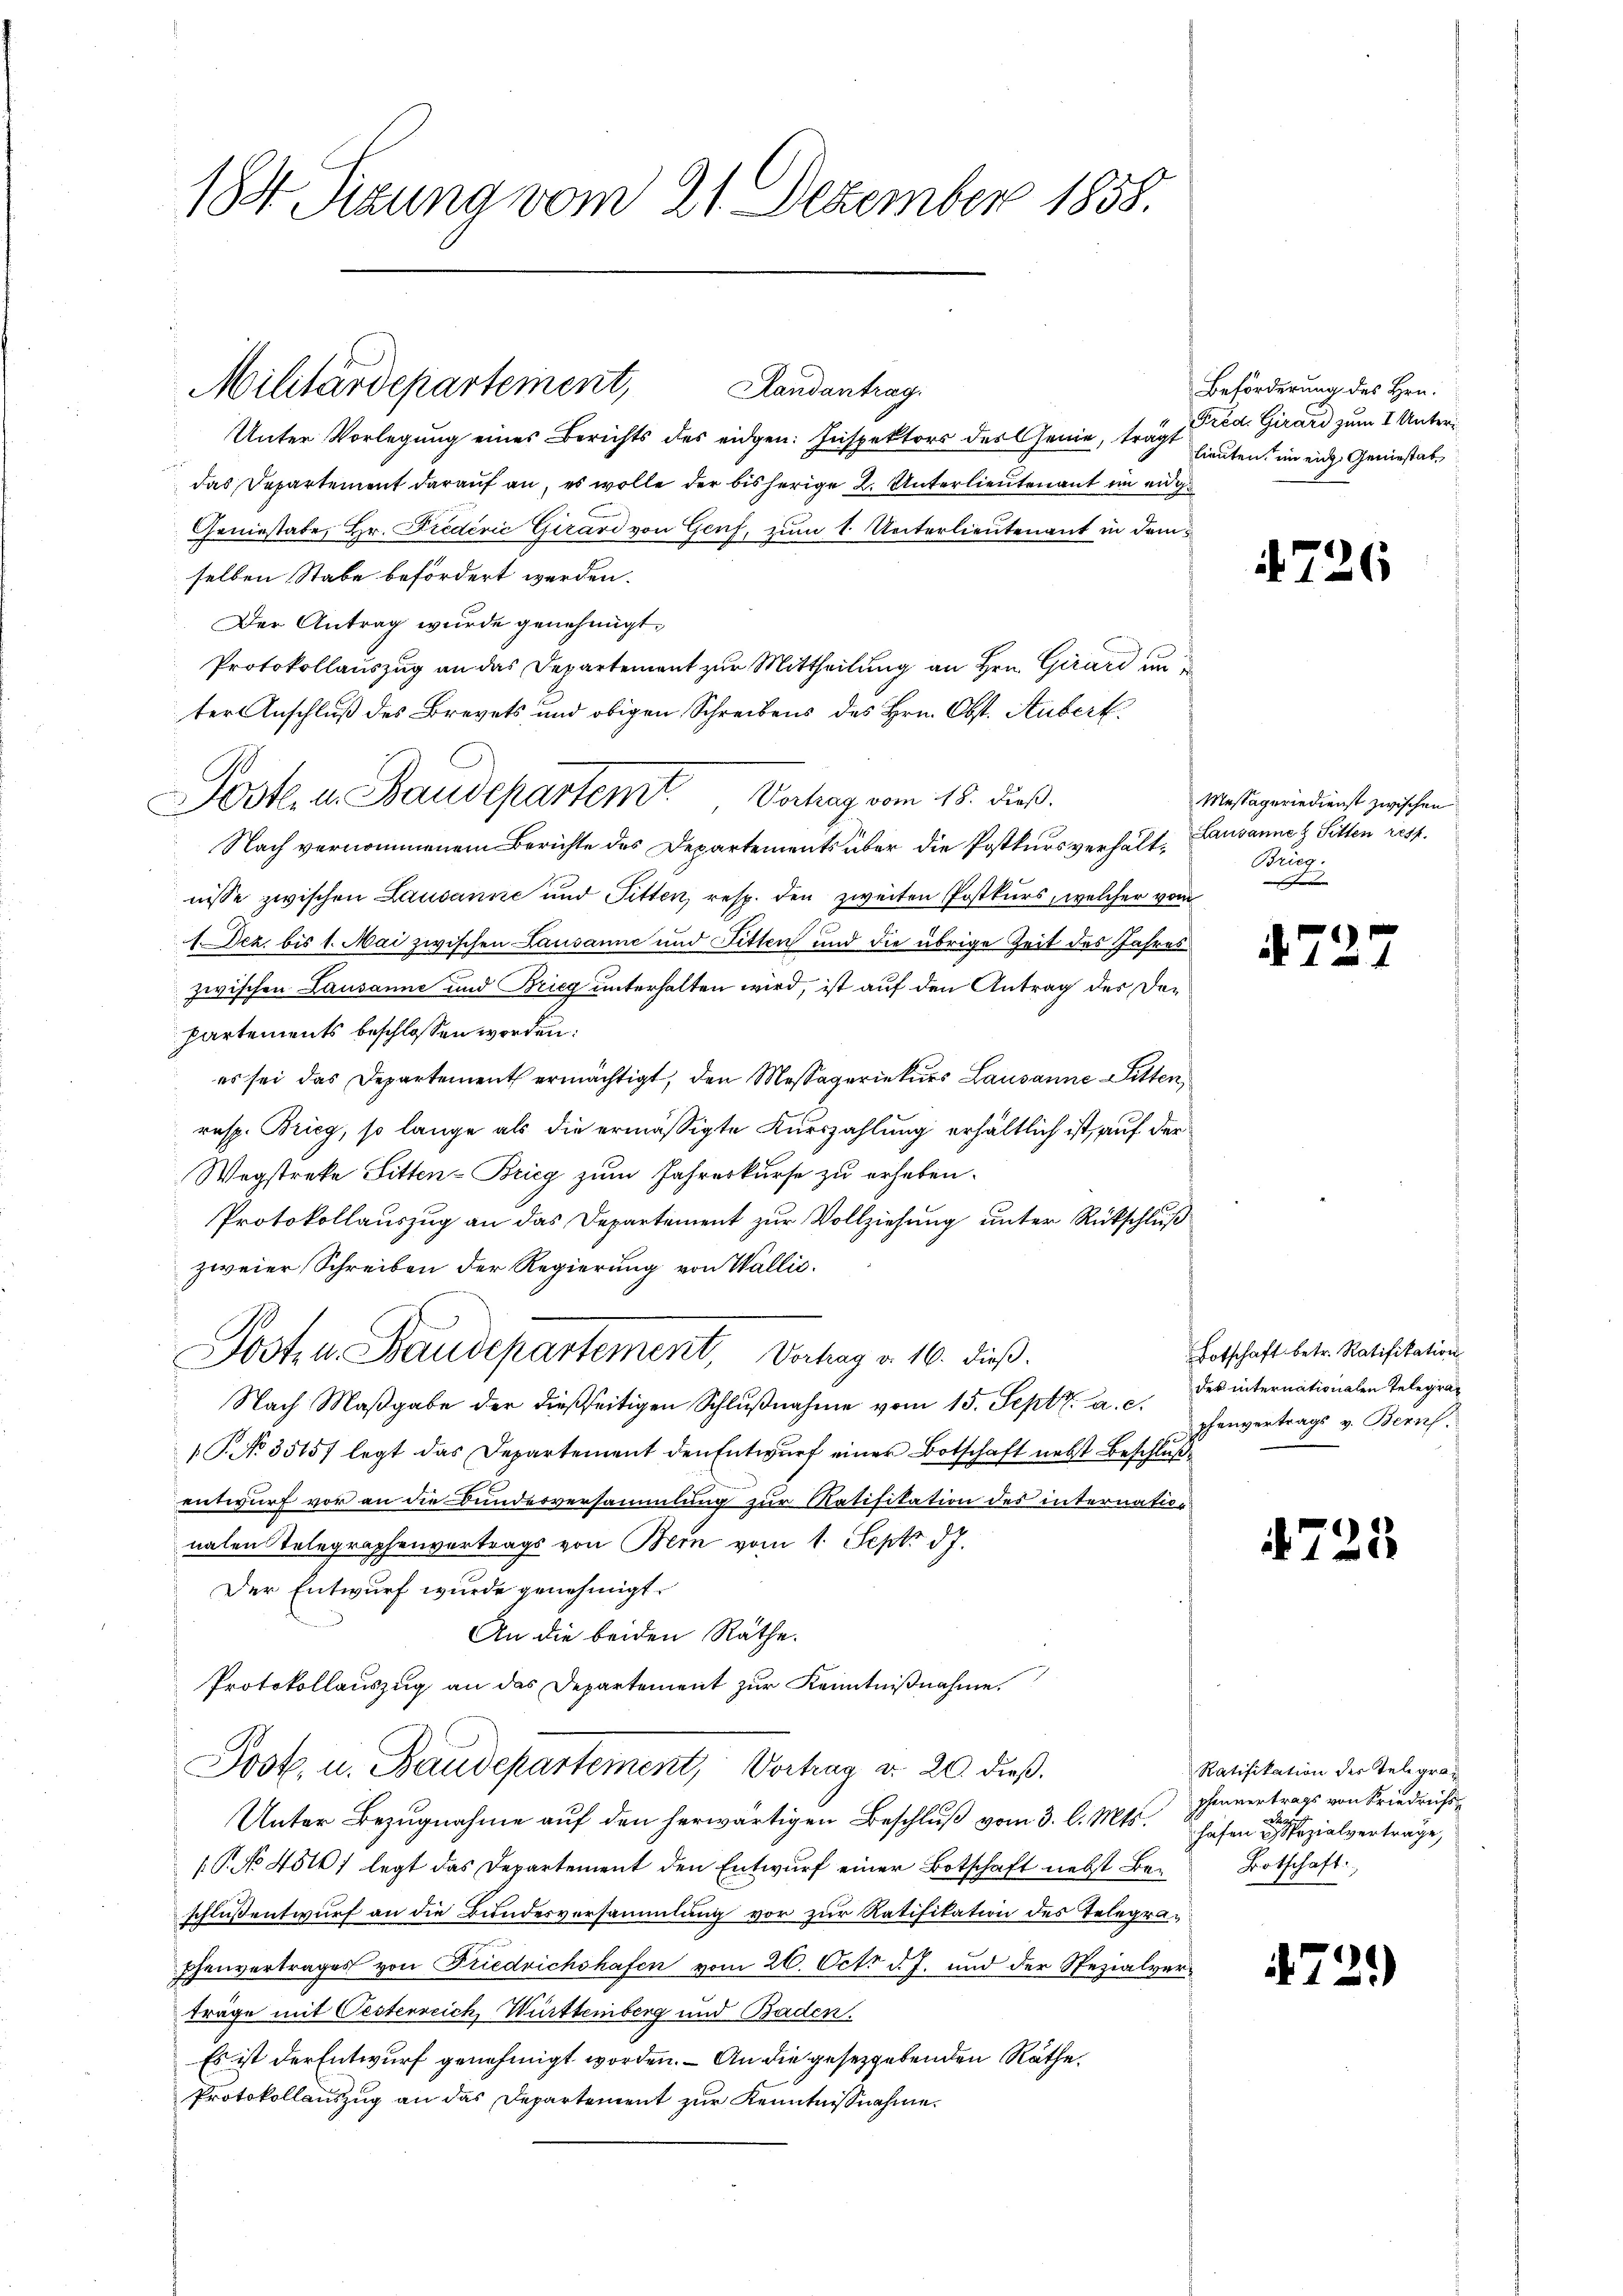
184 Sizung vom 21. Dezember 1858.

Militärdepartement, Landantrag

Sost. d. Baudepartem Verhag vom 18. dieß.

Unter Vorlegung eines Berichts des eidgen: Inspektors des Genie, trägt lieuten, in ein Geniestaldas Departement darauf an, es wolle der bisherige 2. Unterlieutenant im eige
Geniestate, Hr. Predérić Girard von Genf, zum 1. Unterlieutenant in demselben Stabe befördert werden.
Der Antrag wurde genehmigt.
Protokollauszug an das Departement zur Mittheilung an Hrn. Girard in d
ter Anschluß des Brevets und obigen Schreibens des Hrn. Obst. Auberk
.
Nach vernommenem Berichte des Departements über die Postkursverhält. Lausanne & Sitten rest.
nisse zwischen Lausanne und Pitten, resp. den zweiten Postkurs, welcher vom
(Dez. bis 1. Mai zwischen Lausanne und Fitten und die übrige Zeit des Jahres
zwischen Lausanne und Brieg unterhalten wird, ist auf den Antrag des der
partements beschlossen worden:
es sei das Departement ermächtigt, den Massageriekurs Lausanne Litten,
resp. Brieg, so lange als die ermässigte Kurszahlung erhältlich ist, auf der
Wegstreke Sitten-Brieg zum Jahreskurse zu erheben.
Protokollauszug an das Departement zur Vollziehung unter Rückschluß
zweier Schreiben der Regierung von Wallić.
Josten Staudepartement, Vertrag v. 10. dieß
Nach Maßgabe der dießseitigen Schlŭβnahme vom 15. Sept. a. c.
19. No 3515/ legt das Departement den Entwurf einer Botschaft nebst Beschlußentwurf vor an die Bundesversammlung zur Ratifikation des internation
nalen Telegraphenvertrags von Bern vom 1. Sept. 87.
Der Entwurf wurde genehmigt.
An die beiden Räthe.
Protokollauszug an das Departement zur Kenntnißnahme.
Jook u. Baudepartement, Verhag d. 20 dieß.
Unter Bezugnahme auf den herwärtigen Beschluß vom 3. l. Mts.
P. No 45107 legt das Departement den Entwurf einer Botschaft nebst Be-Botschaft
schluß entwurf an die Bundesversammlung vor zur Ratifikation des Telegraphenvertrages von Friedrichshafen vom 26. Oct. d. J. und der Spezialverträge mit Oestenreich Württemberg und Baden.
Es ist der Entwurf genehmigt worden. – An die gesetzgebenden Räthe.
Protokollauszug an das Departement zur Kenntnisnahme.

Beförderung des Hrn.
Fred. Girard zum I Unter¬

4726

Massageriedienst zwischen
Brieg.
e

72

12

Lotschaft betr. Ratifikation
des internationalen Telegraphenvertrags v. Beruf.

4723.

Ratifikation des Telegraphenvertrags von Friedrichs
a
hafen eine sozialvertrage,

472.